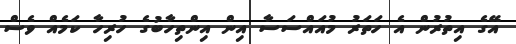
އޭގެ އިތުރުން އެ ހަތަރު މުއައްސަސާ އިން އިންތިހާބުގެ ހުރިހާ ކަމެއް ވެސް